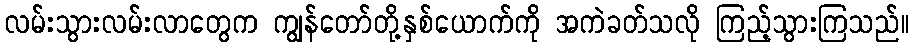
လမ်းသွားလမ်းလာတွေက ကျွန်တော်တို့နှစ်ယောက်ကို အကဲခတ်သလို ကြည့်သွားကြသည်။